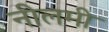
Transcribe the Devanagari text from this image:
नीलमी